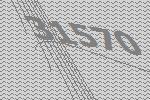
31570